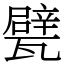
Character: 甓